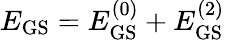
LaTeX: E_{\mathrm{GS}}=E_{\mathrm{GS}}^{(0)}+E_{\mathrm{GS}}^{(2)}